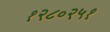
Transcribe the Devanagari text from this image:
१२८०२५१